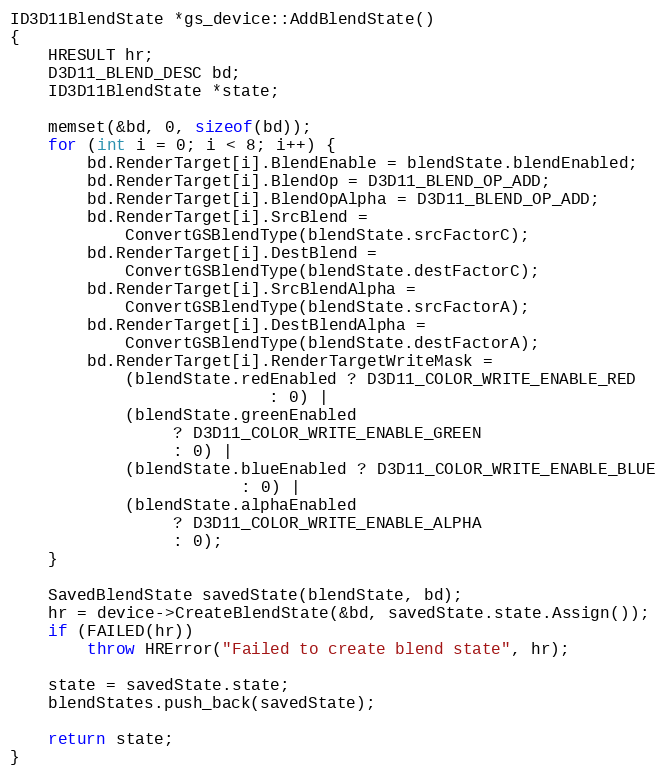
Language: C++
ID3D11BlendState *gs_device::AddBlendState()
{
	HRESULT hr;
	D3D11_BLEND_DESC bd;
	ID3D11BlendState *state;

	memset(&bd, 0, sizeof(bd));
	for (int i = 0; i < 8; i++) {
		bd.RenderTarget[i].BlendEnable = blendState.blendEnabled;
		bd.RenderTarget[i].BlendOp = D3D11_BLEND_OP_ADD;
		bd.RenderTarget[i].BlendOpAlpha = D3D11_BLEND_OP_ADD;
		bd.RenderTarget[i].SrcBlend =
			ConvertGSBlendType(blendState.srcFactorC);
		bd.RenderTarget[i].DestBlend =
			ConvertGSBlendType(blendState.destFactorC);
		bd.RenderTarget[i].SrcBlendAlpha =
			ConvertGSBlendType(blendState.srcFactorA);
		bd.RenderTarget[i].DestBlendAlpha =
			ConvertGSBlendType(blendState.destFactorA);
		bd.RenderTarget[i].RenderTargetWriteMask =
			(blendState.redEnabled ? D3D11_COLOR_WRITE_ENABLE_RED
					       : 0) |
			(blendState.greenEnabled
				 ? D3D11_COLOR_WRITE_ENABLE_GREEN
				 : 0) |
			(blendState.blueEnabled ? D3D11_COLOR_WRITE_ENABLE_BLUE
						: 0) |
			(blendState.alphaEnabled
				 ? D3D11_COLOR_WRITE_ENABLE_ALPHA
				 : 0);
	}

	SavedBlendState savedState(blendState, bd);
	hr = device->CreateBlendState(&bd, savedState.state.Assign());
	if (FAILED(hr))
		throw HRError("Failed to create blend state", hr);

	state = savedState.state;
	blendStates.push_back(savedState);

	return state;
}